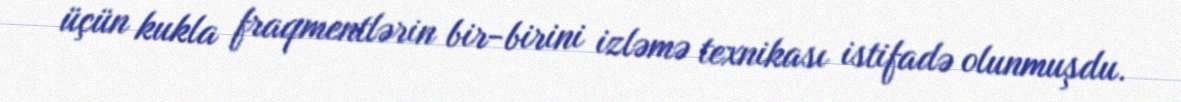
üçün kukla fraqmentlərin bir-birini izləmə texnikası istifadə olunmuşdu.